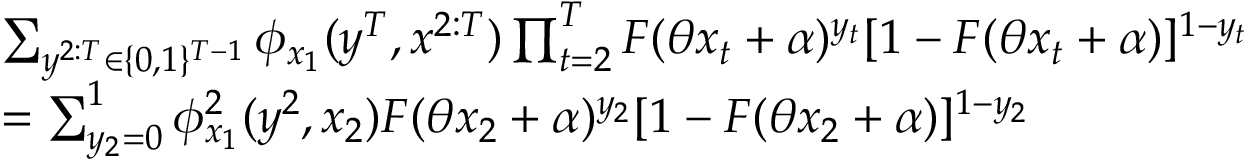
\begin{array} { r l } & { \sum _ { y ^ { 2 : T } \in \{ 0 , 1 \} ^ { T - 1 } } \phi _ { x _ { 1 } } ( y ^ { T } , x ^ { 2 : T } ) \prod _ { t = 2 } ^ { T } F ( \theta x _ { t } + \alpha ) ^ { y _ { t } } [ 1 - F ( \theta x _ { t } + \alpha ) ] ^ { 1 - y _ { t } } } \\ & { = \sum _ { y _ { 2 } = 0 } ^ { 1 } \phi _ { x _ { 1 } } ^ { 2 } ( y ^ { 2 } , x _ { 2 } ) F ( \theta x _ { 2 } + \alpha ) ^ { y _ { 2 } } [ 1 - F ( \theta x _ { 2 } + \alpha ) ] ^ { 1 - y _ { 2 } } } \end{array}